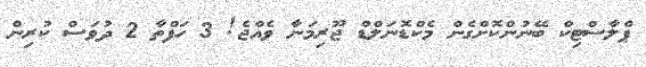
ޕްލާސްޓިކް ބޭނުންކޮށްގެން މެކްޑޮނަލްޑް ޖޫރިމަނާ ވެއްޖެ! 3 ހަފްތާ 2 ދުވަސް ކުރިން